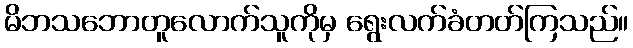
မိဘသဘောတူလောက်သူကိုမှ ရွေးလက်ခံတတ်ကြသည်။